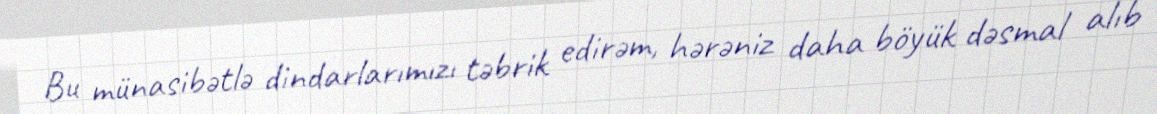
Bu münasibətlə dindarlarımızı təbrik edirəm, hərəniz daha böyük dəsmal alıb